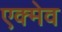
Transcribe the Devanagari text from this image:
एक्मेव